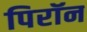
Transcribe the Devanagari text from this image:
पिरॉन